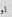
لو